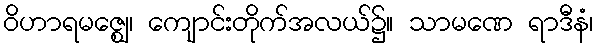
ဝိဟာရမဇ္ဈေ၊ ကျောင်းတိုက်အလယ်၌။ သာမဏေ ရာဒီနံ၊